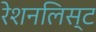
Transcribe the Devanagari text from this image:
रेशनलिस्ट